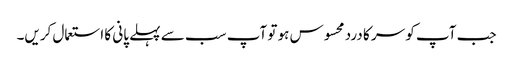
جب آپ کو سر کا درد محسوس ہو تو آپ سب سے پہلے پانی کا استعمال کریں۔